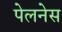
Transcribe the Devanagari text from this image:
पेलनेस